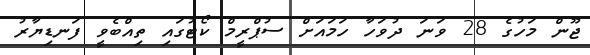
ޖޫން މަހުގެ 28 ވަނަ ދުވަހާ ހަމައަށް ސުޕްރީމް ކޯޓުގައި ތިއްބެވީ ފަނޑިޔާރު